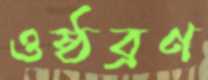
ওষ্ঠব্রণ